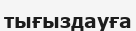
тығыздауға